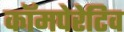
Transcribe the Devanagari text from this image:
कॉमपेरेटिव